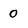
Character: 0